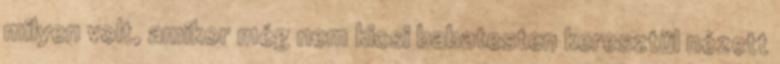
milyen volt, amikor még nem kicsi babatesten keresztül nézett